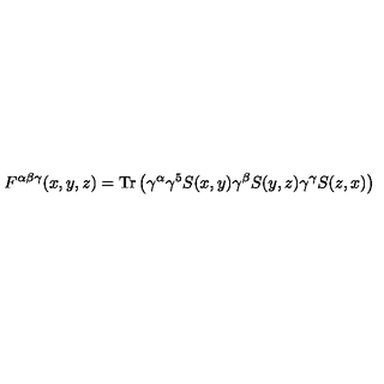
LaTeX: F ^ { \alpha \beta \gamma } ( x , y , z ) = \mathrm { T r } \left( \gamma ^ { \alpha } \gamma ^ { 5 } S ( x , y ) \gamma ^ { \beta } S ( y , z ) \gamma ^ { \gamma } S ( z , x ) \right)